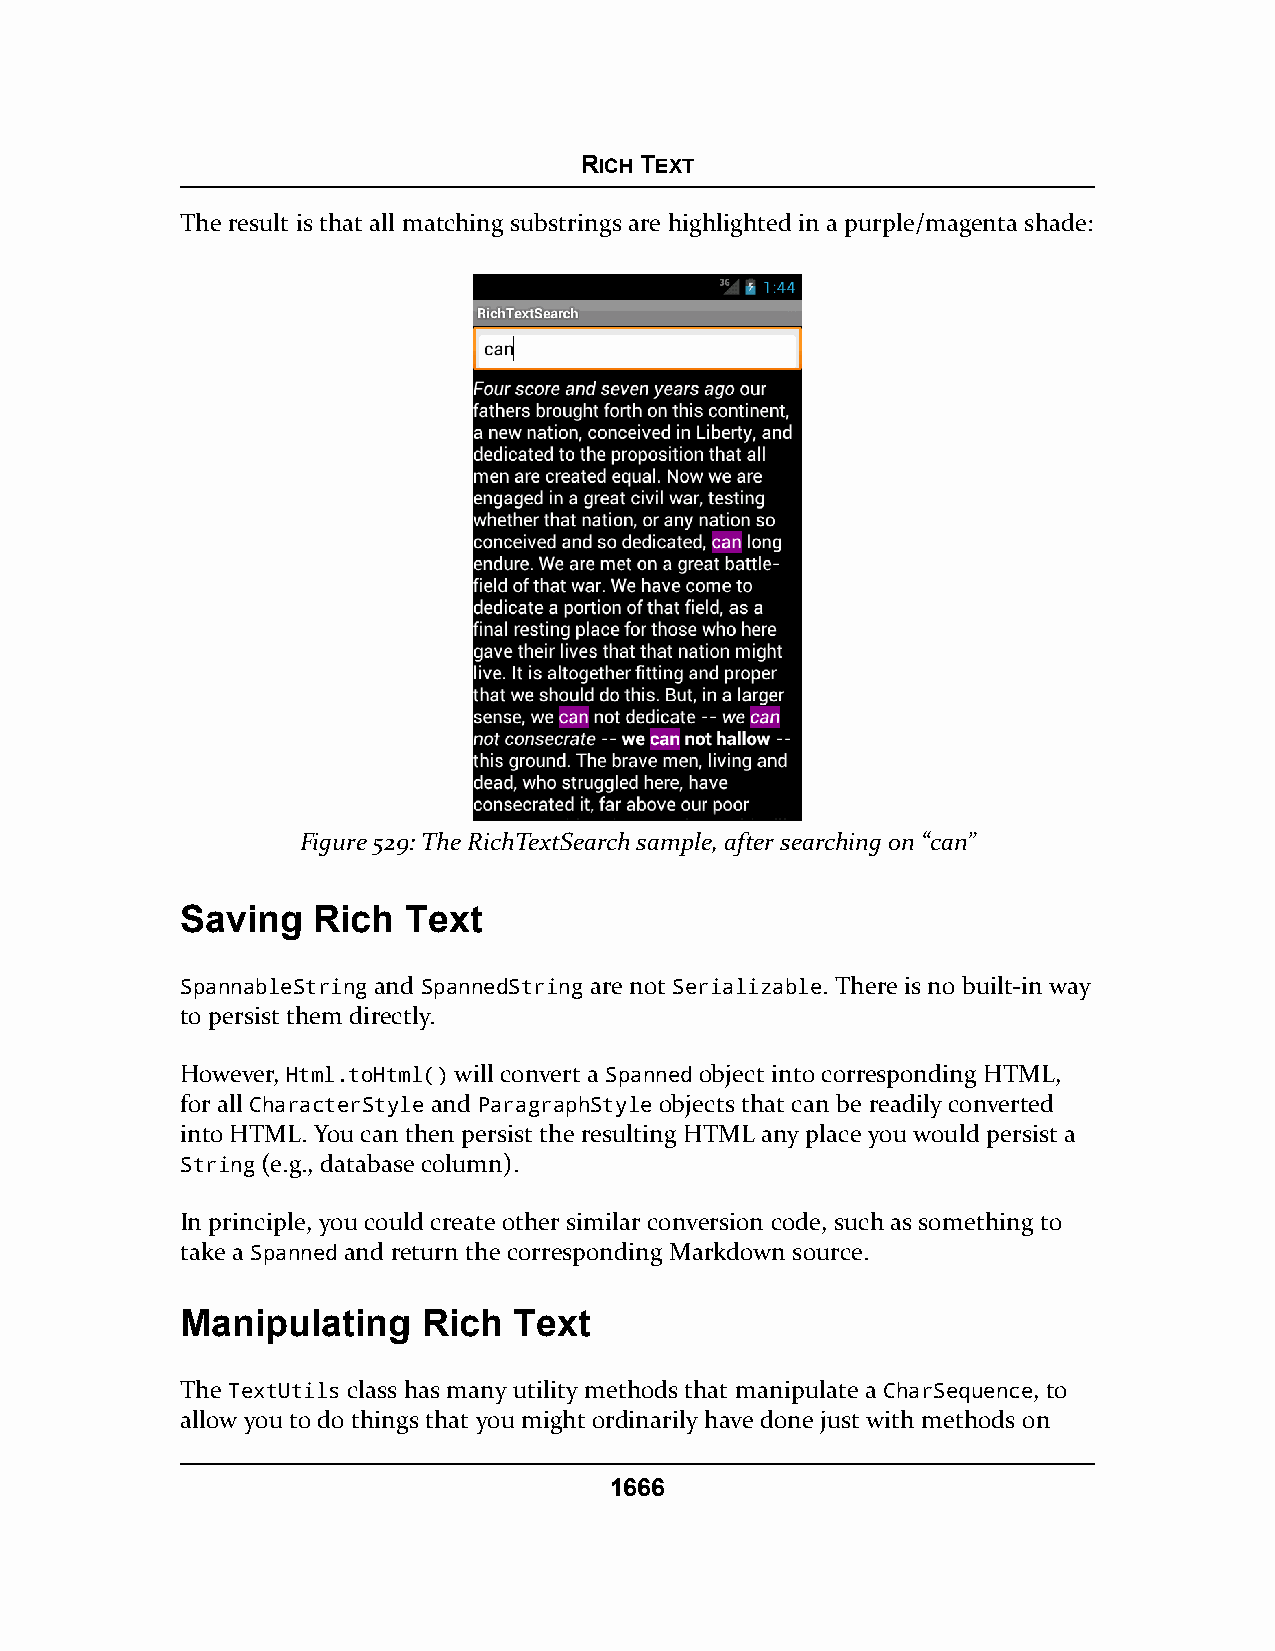
RICH TEXT
 The result is that all matching substrings are highlighted in a purple/magenta shade:
 Figure 529: The RichTextSearch sample, after searching on “can”
 Saving   Rich  Text
 SpannableString and SpannedString are not Serializable. There is no built-in way
 to persist them directly.
 However, Html.toHtml() will convert a Spanned object into corresponding HTML,
 for all CharacterStyle and ParagraphStyle objects that can be readily converted
 into HTML. You can then persist the resulting HTML any place you would persist a
 String (e.g., database column).
 In principle, you could create other similar conversion code, such as something to
 take a Spanned and return the corresponding Markdown source.
 Manipulating    Rich  Text
 The TextUtils class has many utility methods that manipulate a CharSequence, to
 allow you to do things that you might ordinarily have done just with methods on
 1666